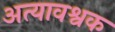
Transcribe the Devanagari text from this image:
अत्यावश्वक